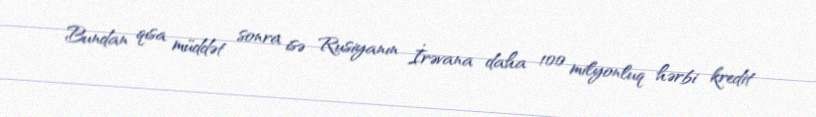
Bundan qısa müddət sonra isə Rusiyanın İrəvana daha 100 milyonluq hərbi kredit